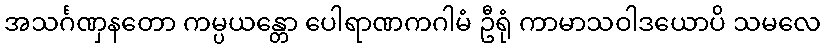
အသင်္ဂဏှနတော ကမ္ပယန္တော ပေါရာဏကဂါမံ ဦရုံ ကာမာသဝါဒယောပိ သမလေ